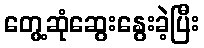
တွေ့ဆုံဆွေးနွေးခဲ့ပြီး